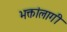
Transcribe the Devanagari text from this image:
भक्तांलागी